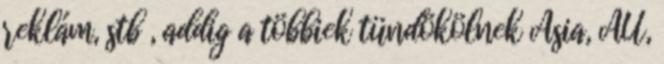
reklám, stb , addig a többiek tündökölnek Asia, AU,